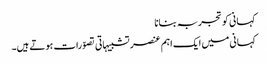
کہانی کو تجربہ بنانا
کہانی میں ایک اہم عنصر تشبیہاتی تصوّرات ہوتے ہیں۔